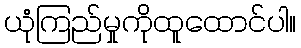
ယုံကြည်မှုကိုထူထောင်ပါ။